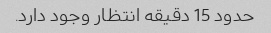
حدود 15 دقیقه انتظار وجود دارد.